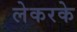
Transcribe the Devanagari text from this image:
लेकरके